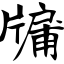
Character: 牖